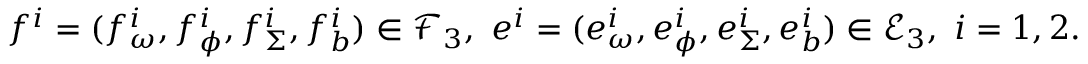
f ^ { i } = ( f _ { \omega } ^ { i } , f _ { \phi } ^ { i } , f _ { \Sigma } ^ { i } , f _ { b } ^ { i } ) \in \mathcal { F } _ { 3 } , \ e ^ { i } = ( e _ { \omega } ^ { i } , e _ { \phi } ^ { i } , e _ { \Sigma } ^ { i } , e _ { b } ^ { i } ) \in \mathcal { E } _ { 3 } , \ i = 1 , 2 .